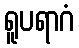
ရူပရာဂံ